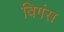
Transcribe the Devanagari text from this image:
बिगंस